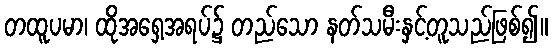
တထူပမာ၊ ထိုအရှေ့အရပ်၌ တည်သော နတ်သမီးနှင့်တူသည်ဖြစ်၍။